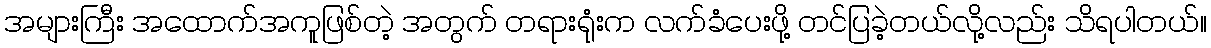
အများကြီး အထောက်အကူဖြစ်တဲ့ အတွက် တရားရုံးက လက်ခံပေးဖို့ တင်ပြခဲ့တယ်လို့လည်း သိရပါတယ်။